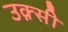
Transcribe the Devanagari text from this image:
उक़्सी